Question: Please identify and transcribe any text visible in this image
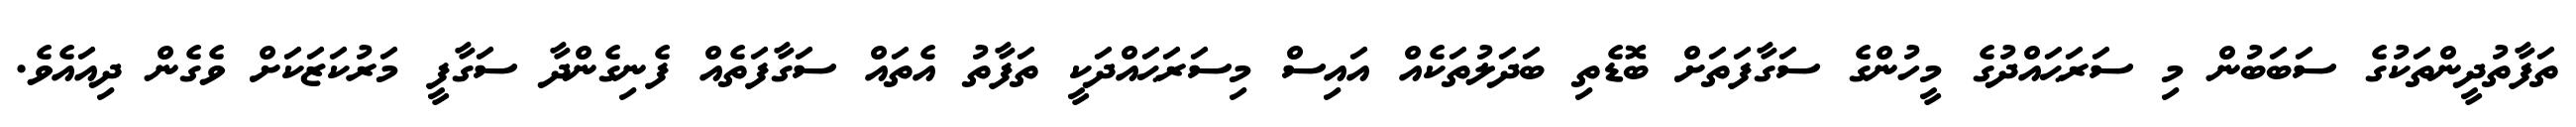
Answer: ތަފާތުދީންތަކުގެ ސަބަބުން މި ސަރަޙައްދުގެ މީހުންގެ ސަގާފަތަށް ބޮޑެތި ބަދަލުތަކެއް އައިސް މިސަރަޙައްދަކީ ތަފާތު އެތައް ސަގާފަތެއް ފެނިގެންދާ ސަގާފީ މަރުކަޒަކަށް ވެގެން ދިއައެވެ.